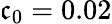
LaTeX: \mathfrak{c}_{0}=0.02